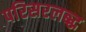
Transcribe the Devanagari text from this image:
परिसरलब्द्ध